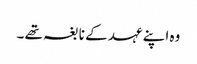
وہ اپنے عہد کے نابغہ تھے ۔